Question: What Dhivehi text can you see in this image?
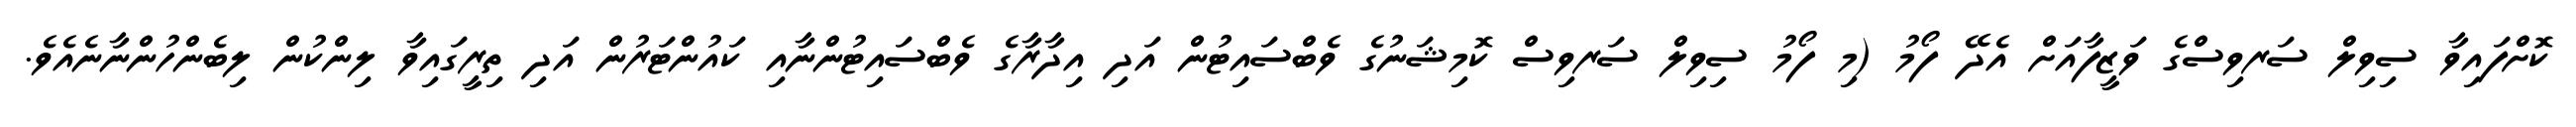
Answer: ކޮށްފައިވާ ސިވިލް ސަރވިސްގެ ވަޒީފާއަށް އެދޭ ފޯމު (މި ފޯމު ސިވިލް ސަރވިސް ކޮމިޝަނުގެ ވެބްސައިޓުން އަދި އިދާރާގެ ވެބްސައިޓުންނާއި ކައުންޓަރުން އަދި ތިރީގައިވާ ލިންކުން ލިބެންހުންނާނެއެވެ.